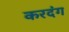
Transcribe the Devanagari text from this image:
करदंग